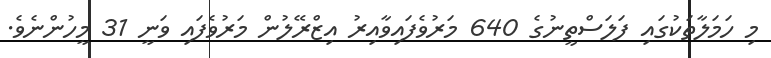
މި ހަމަލާތަކުގައި ފަލަސްތީނުގެ 640 މަރުވެފައިވާއިރު އިޒްރޭލުން މަރުވެފައި ވަނީ 31 މީހުންނެވެ.